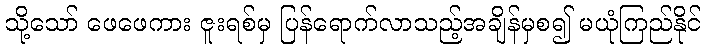
သို့သော် ဖေဖေကား ဇူးရစ်မှ ပြန်ရောက်လာသည့်အချိန်မှစ၍ မယုံကြည်နိုင်